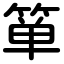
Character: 箪